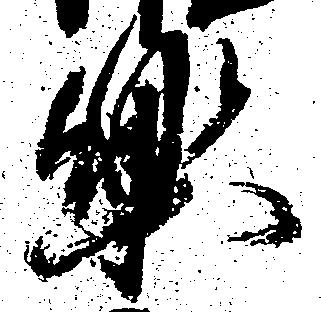
楽